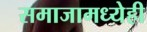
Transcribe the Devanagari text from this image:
समाजामध्येही